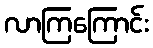
လာကြကြောင်း